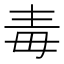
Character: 毒